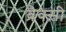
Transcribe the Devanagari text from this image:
ब्रैक्सी